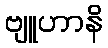
ဗျူဟာနိ